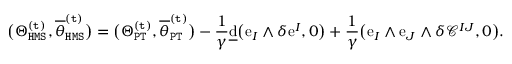
\big ( \Theta _ { \mathtt { H M S } } ^ { \mathtt { ( t ) } } , \overline { { \theta } } _ { \mathtt { H M S } } ^ { \mathtt { ( t ) } } \big ) = \big ( \Theta _ { \mathtt { P T } } ^ { \mathtt { ( t ) } } , \overline { { \theta } } _ { \mathtt { P T } } ^ { \mathtt { ( t ) } } \big ) - \frac { 1 } { \gamma } \underline { { \mathrm { d } } } \big ( \mathrm { e } _ { I } \wedge \delta \mathrm { e } ^ { I } , 0 \big ) + \frac { 1 } { \gamma } \big ( \mathrm { e } _ { I } \wedge \mathrm { e } _ { J } \wedge \delta \mathcal { C } ^ { I J } , 0 \big ) .